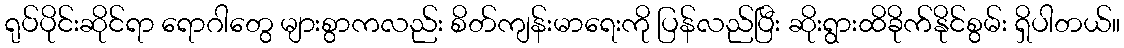
ရုပ်ပိုင်းဆိုင်ရာ ရောဂါတွေ များစွာကလည်း စိတ်ကျန်းမာရေးကို ပြန်လည်ပြီး ဆိုးရွားထိခိုက်နိုင်စွမ်း ရှိပါတယ်။